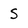
Character: S